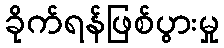
ခိုက်ရန်ဖြစ်ပွားမှု